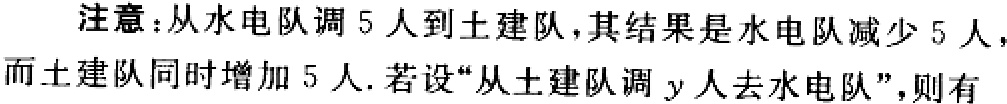
注意：从水电队调 5 人到土建队，其结果是水电队减少 5 人，而土建队同时增加 5 人. 若设“从土建队调 \(y\) 人去水电队”，则有